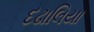
દઢાલિયા